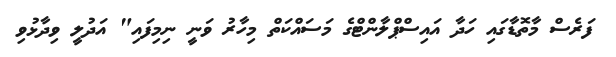
ފަރެސް މާތޮޑާގައި ހަދާ އައިސްޕްލާންޓްގެ މަސައްކަތް މިހާރު ވަނީ ނިމިފައި" އަދުލީ ވިދާޅުވި